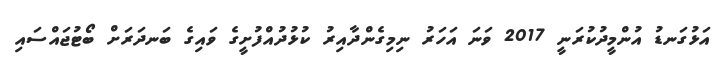
އަޅުގަނޑު އުންމީދުކުރަނީ 2017 ވަނަ އަހަރު ނިމިގެންދާއިރު ކުޅުދުއްފުށީގެ ވައިގެ ބަނދަރަށް ބޯޓުޖައްސައި